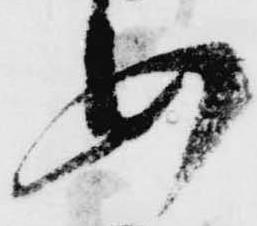
安